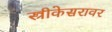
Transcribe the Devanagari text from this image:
स्त्रीकेसरावर